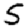
Digit: 5